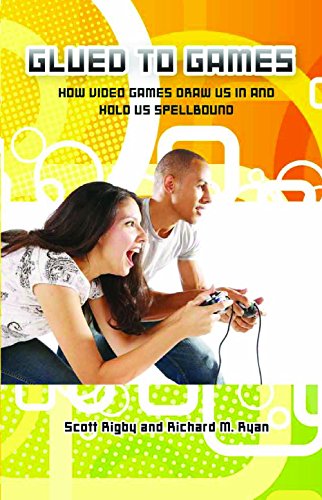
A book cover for Glued to Games: How Video Games Draw Us In and Hold Us Spellbound (New Directions in Media); Scott Rigby; Politics & Social Sciences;